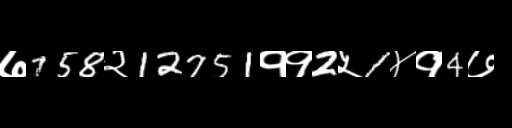
Text: ७758२12751११2५1४१4७